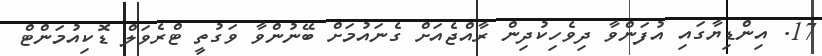
17. އިންޑިޔާގައި އުފަންވާ ދިވެހިކުދިން ރާއްޖެއަށް ގެނައުމަށް ބޭނުންވާ ވަގުތީ ޓްރެވަލް ޑޮކިއުމަންޓް